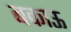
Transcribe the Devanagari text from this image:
बकाऊ